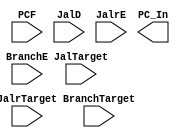
// This program was cloned from: https://github.com/Summer-Summer/ComputerArchitectureLab
// License: MIT License

`timescale 1ns / 1ps
//////////////////////////////////////////////////////////////////////////////////
// Company: USTC ESLABEmbeded System Lab
// Design Name: RISCV-Pipline CPU
// Module Name: NPC_Generator
// Target Devices: Nexys4
// Tool Versions: Vivado 2017.4.1
// Description: Choose Next PC value
//////////////////////////////////////////////////////////////////////////////////
module NPC_Generator(
    input wire [31:0] PCF,JalrTarget, BranchTarget, JalTarget,
    input wire BranchE,JalD,JalrE,
    output reg [31:0] PC_In
    );
endmodule

//
    //NPC_GeneratorNext PCPC
//
    //PCF              PC
    //JalrTarget       jalr
    //BranchTarget     branch
    //JalTarget        jal
    //BranchE==1       ExBranch
    //JalD==1          IDJal
    //JalrE==1         ExJalr
//
    //PC_In            NPC
//  
    //NPC_Generator